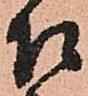
召